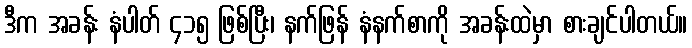
ဒီက အခန်း နံပါတ် ၄၁၅ ဖြစ်ပြီး၊ နက်ဖြန် နံနက်စာကို အခန်းထဲမှာ စားချင်ပါတယ်။